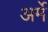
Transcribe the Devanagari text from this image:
अर्मे